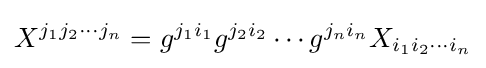
X^{j_{1}j_{2}\cdots j_{n}}=g^{j_{1}i_{1}}g^{j_{2}i_{2}}\cdots g^{j_{n}i_{n}}X_{i_{1}i_{2}\cdots i_{n}}